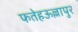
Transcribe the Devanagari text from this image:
फतेहऊल्लापुर